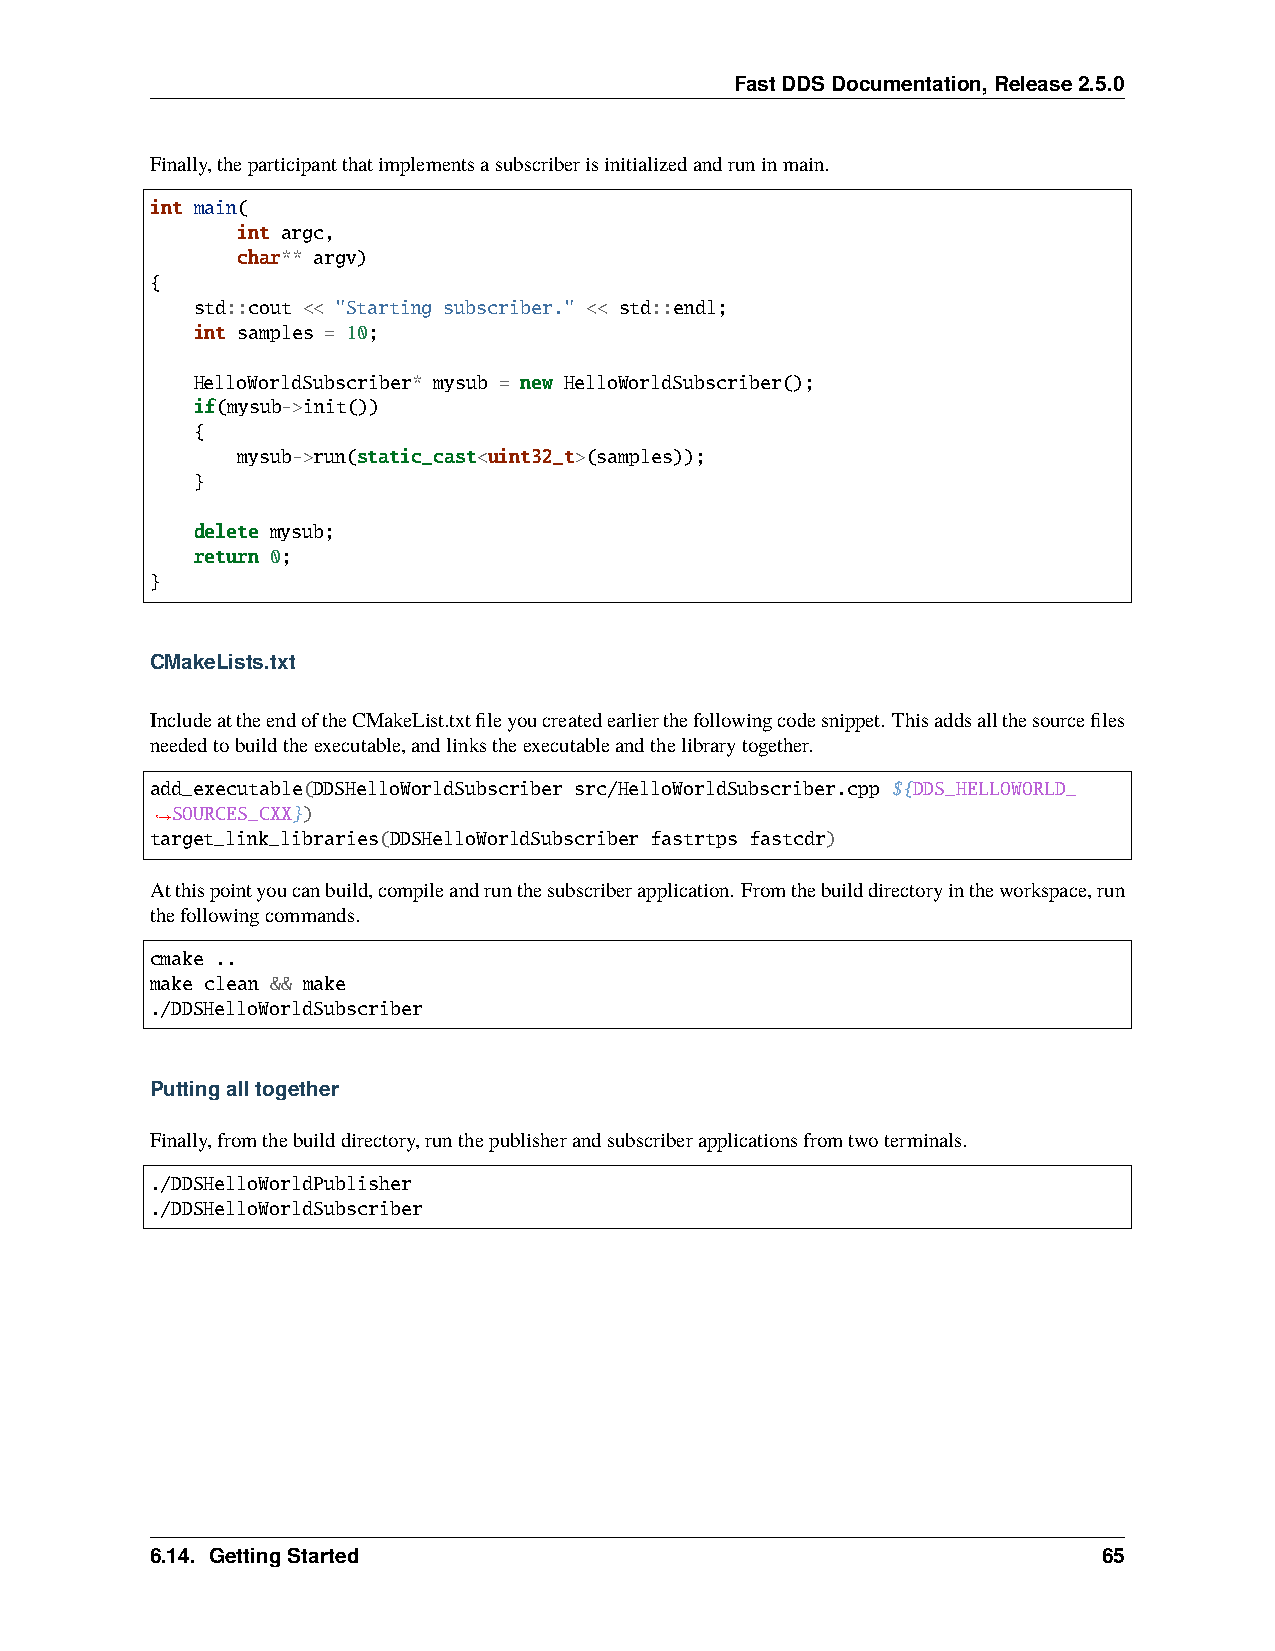
FastDDSDocumentation,Release2.5.0
 Finally,theparticipantthatimplementsasubscriberisinitializedandruninmain.
 int main(
 int argc,
 char** argv)
 {
 std::cout << "Starting subscriber." << std::endl;
 int samples = 10;
 HelloWorldSubscriber* mysub = new HelloWorldSubscriber();
 if(mysub->init())
 {
 mysub->run(static_cast<uint32_t>(samples));
 }
 delete mysub;
 return 0;
 }
 CMakeLists.txt
 IncludeattheendoftheCMakeList.txtfileyoucreatedearlierthefollowingcodesnippet. Thisaddsallthesourcefiles
 neededtobuildtheexecutable,andlinkstheexecutableandthelibrarytogether.
 add_executable(DDSHelloWorldSubscriber src/HelloWorldSubscriber.cpp ${DDS_HELLOWORLD_
 SOURCES_CXX})
 ˓→
 target_link_libraries(DDSHelloWorldSubscriber fastrtps fastcdr)
 Atthispointyoucanbuild,compileandrunthesubscriberapplication. Fromthebuilddirectoryintheworkspace,run
 thefollowingcommands.
 cmake ..
 make clean && make
 ./DDSHelloWorldSubscriber
 Puttingalltogether
 Finally,fromthebuilddirectory,runthepublisherandsubscriberapplicationsfromtwoterminals.
 ./DDSHelloWorldPublisher
 ./DDSHelloWorldSubscriber
 6.14. GettingStarted                                           65